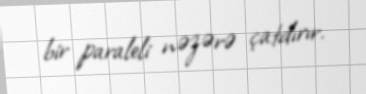
bir paraleli nəzərə çatdırır.